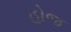
હોજ